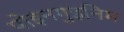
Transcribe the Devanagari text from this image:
पोइनगुइनिम